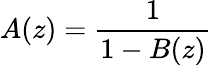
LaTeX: A(z)={\frac{1}{1-B(z)}}